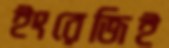
ইংরেজিই